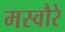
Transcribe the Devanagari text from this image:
मस्वौरे